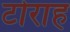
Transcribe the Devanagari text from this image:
टोराह